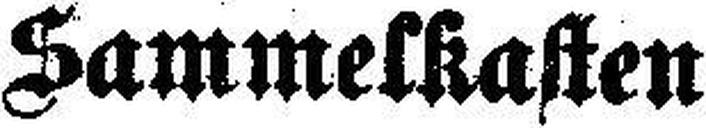
Sammelkasten